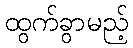
ထွက်ခွာမည့်